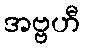
အဗ္ဗဟီ